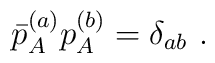
\bar p_A^{(a)} p_A^{(b)} = \delta_{ab} \, \,.